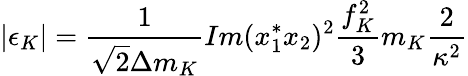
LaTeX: |\epsilon_{K}|=\frac{1}{\sqrt{2}\Delta m_{K}}Im(x_{1}^{*}x_{2})^{2}\frac{f_{K}^{2}}{3}m_{K}\frac{2}{\kappa^{2}}